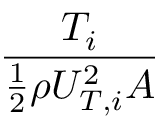
\frac { T _ { i } } { \frac { 1 } { 2 } \rho U _ { T , i } ^ { 2 } A }